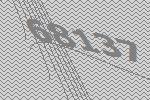
68137